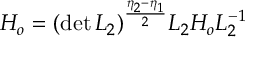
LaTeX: H _ { o } = ( \operatorname * { d e t } L _ { 2 } ) ^ { \frac { \eta _ { 2 } - \eta _ { 1 } } { 2 } } L _ { 2 } H _ { o } L _ { 2 } ^ { - 1 }